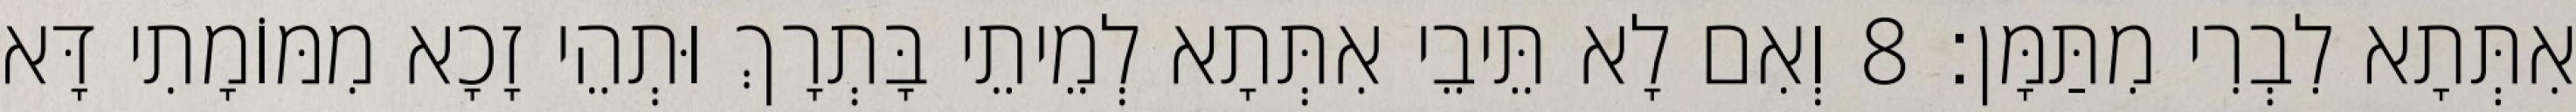
אִתְּתָא לִבְרִי מִתַּמָּן׃ 8 וְאִם לָא תֵּיבֵי אִתְּתָא לְמֵיתֵי בָּתְרָךְ וּתְהֵי זָכָא מִמּוֹמָתִי דָּא